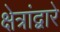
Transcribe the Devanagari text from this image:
क्षेत्रांद्वारे